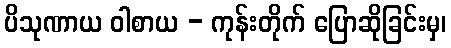
ပိသုဏာယ ဝါစာယ - ကုန်းတိုက် ပြောဆိုခြင်းမှ၊